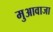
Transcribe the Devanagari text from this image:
मुआवाजा